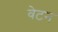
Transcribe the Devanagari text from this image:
वेटन